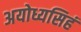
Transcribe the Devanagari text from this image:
अयोध्यसिहं